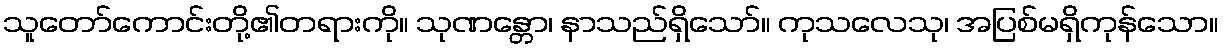
သူတော်ကောင်းတို့၏တရားကို။ သုဏန္တော၊ နာသည်ရှိသော်။ ကုသလေသု၊ အပြစ်မရှိကုန်သော။